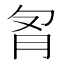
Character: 𰮌